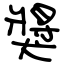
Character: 獎